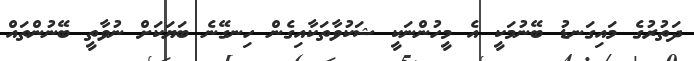
ދަތުރުގެ މައިގަނޑު ބޭނުމަކީ އެ މީހުންނަކީ ޝަކުވާތަކާއިގެން ހިނގޭނެ ބަޔަކަށް ނުވާތީ ބޭނުންތައް